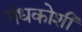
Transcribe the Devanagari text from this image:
गंधकोशी